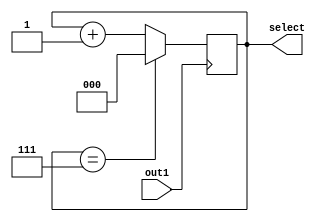
module Contador(
	input out1,
	output reg [2:0] select
);

		//Contador de tres bits utilizado como chave de seleao para  amultiplexaao do Display de sete segmentos
		//Utiliza clock de 48 KHz
		
	always @(posedge out1) begin
    select <= select + 1'b1;
    if (select == 3'b111) begin
      select <= 3'b000;
    end
  end
endmodule